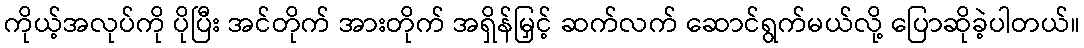
ကိုယ့်အလုပ်ကို ပိုပြီး အင်တိုက် အားတိုက် အရှိန်မြှင့် ဆက်လက် ဆောင်ရွက်မယ်လို့ ပြောဆိုခဲ့ပါတယ်။